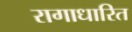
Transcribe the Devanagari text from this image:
रागाधारित